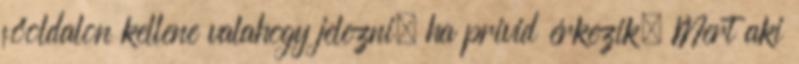
főoldalon kellene valahogy jelezni, ha privid érkezik. Mert aki